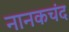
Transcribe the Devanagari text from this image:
नानकचंद